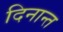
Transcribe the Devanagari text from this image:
दिनान्त